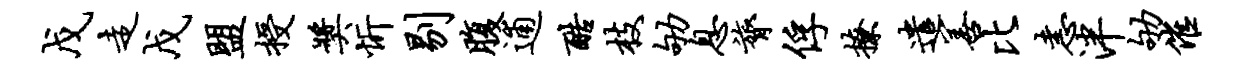
戊走戊盟授奖忻剔腹逋酷枝劬息膂俘撩遣善比恚泮劬催